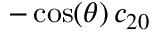
- \cos ( \theta ) \, c _ { 2 0 }